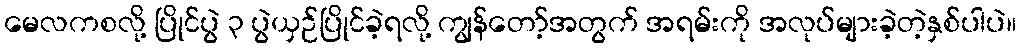
မေလကစလို့ ပြိုင်ပွဲ ၃ ပွဲယှဉ်ပြိုင်ခဲ့ရလို့ ကျွန်တော့်အတွက် အရမ်းကို အလုပ်များခဲ့တဲ့နှစ်ပါပဲ။